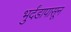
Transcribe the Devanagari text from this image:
भुर्दंडापासून